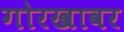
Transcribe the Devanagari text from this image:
गोरखावर